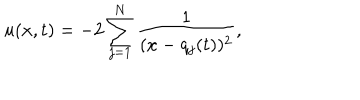
LaTeX: u ( x , t ) = - 2 \sum _ { j = 1 } ^ { N } \frac { 1 } { ( x - q _ { j } ( t ) ) ^ { 2 } } ,